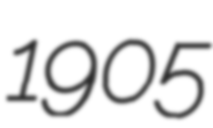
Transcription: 1905